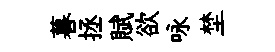
暮拯賦欲咏埜